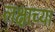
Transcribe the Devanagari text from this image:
लक्षाच्या